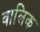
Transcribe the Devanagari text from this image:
वालिक